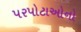
પરપોટાઓનો